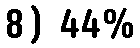
8) 44%